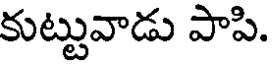
కుట్టువాడు పాపి.